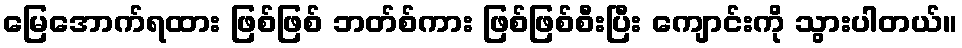
မြေအောက်ရထား ဖြစ်ဖြစ် ဘတ်စ်ကား ဖြစ်ဖြစ်စီးပြီး ကျောင်းကို သွားပါတယ်။